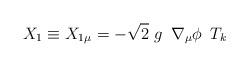
LaTeX: \begin{align*}X_{1}\equiv X_{1\mu }=-\sqrt{2}\ g\ \,\nabla _{\mu }\phi \,\ T_{k}\end{align*}